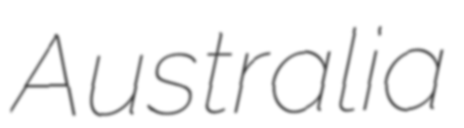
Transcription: Australia